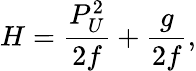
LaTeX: H={\frac{P_{U}^{2}}{2f}}+{\frac{g}{2f}},